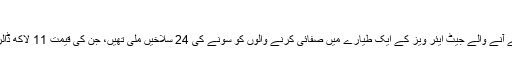
‘
گذشتہ سال نومبر میں کولکتہ ہوائی اڈے پر بینکاک سے آنے والے جیٹ ایئر ویز کے ایک طیارے میں صفائی کرنے والوں کو سونے کی 24 سلاخیں ملی تھیں، جن کی قیمت 11 لاکھ ڈالر ( تقریبا 6.89 کروڑ بھارتی روپے ) بتائی گئي تھی۔